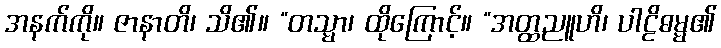
အနက်ကို။ ဇာနာတိ၊ သိ၏။ “တသ္မာ၊ ထိုကြောင့်။ “အတ္ထညူဟိ၊ ပါဠိဓမ္မ၏